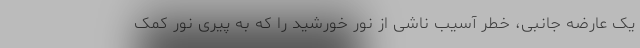
یک عارضه جانبی، خطر آسیب ناشی از نور خورشید را که به پیری نور کمک